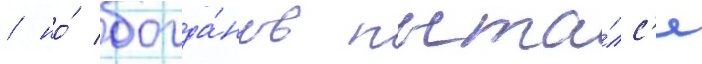
/ но́ богда́нов пыта́лс'я